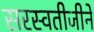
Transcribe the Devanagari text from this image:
सरस्वतीजीने